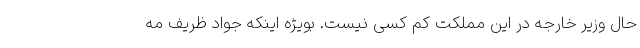
حال وزیر خارجه در این مملکت کم کسی نیست. بویژه اینکه جواد ظریف مه